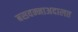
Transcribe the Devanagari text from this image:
बसवन्नाअदालत